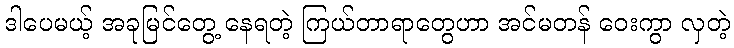
ဒါပေမယ့် အခုမြင်တွေ့ နေရတဲ့ ကြယ်တာရာတွေဟာ အင်မတန် ဝေးကွာ လှတဲ့